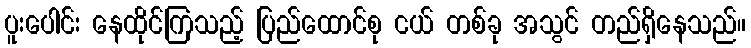
ပူးပေါင်း နေထိုင်ကြသည့် ပြည်ထောင်စု ငယ် တစ်ခု အသွင် တည်ရှိနေသည်။